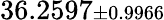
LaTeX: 36.2597{\scriptstyle\pm 0.9966}